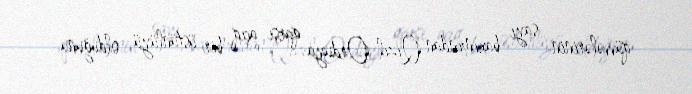
qüvvələrinin sayı baxımından Qızıl Orduya qarşı açıq bir üstünlüyü olduğunu